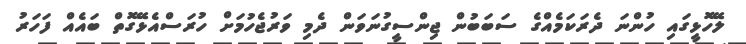
ލޭހޮޅީގައި ހުންނަ ދެރަކަމެއްގެ ސަބަބުން ޖިންސީގުނަވަން ދެމި ވަރުޖެހުމަށް ހުރަސްއެޅޭގޮތް ބައެއް ފަހަރު